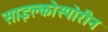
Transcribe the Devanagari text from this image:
साइक्लोस्पोरीन